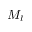
M _ { l }